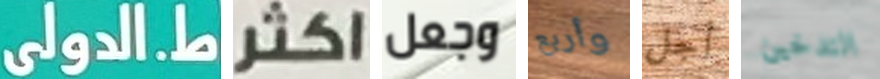
ط.الدولى اكثر وجعل وأربع أجل التدخين